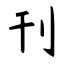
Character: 刊